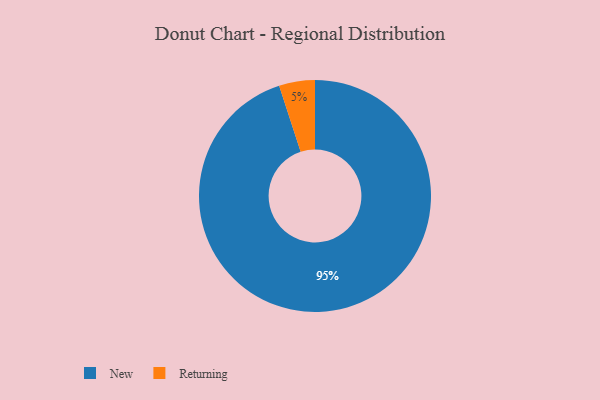
{"axis": {"x": "Category", "y": "Percentage"}, "legend": ["New", "Returning"], "data": [{"x": "New", "y": 95, "type": "New"}, {"x": "Returning", "y": 5, "type": "Returning"}]}